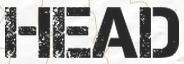
HEAD